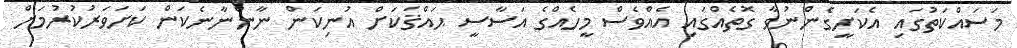
މަސައްކަތުގައި އެކަށީގެންނުވާ ގޮތެއްގައި އެއްވެސް މީހެއްގެ އަސާސީ ޙައްޤަކަށް އުނިކަން ނާންނާނެކަން ކަށަވަރުކުރުމަށް